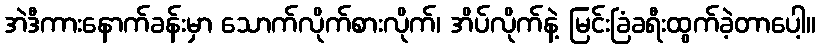
အဲဒီကားနောက်ခန်းမှာ သောက်လိုက်စားလိုက်၊ အိပ်လိုက်နဲ့ မြင်းခြံခရီးထွက်ခဲ့တာပေါ့။